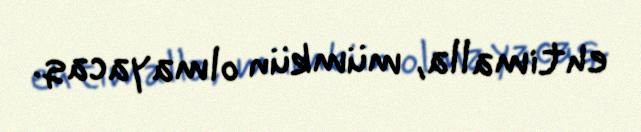
ehtimalla, mümkün olmayacaq.